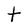
Character: t